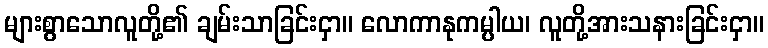
များစွာသောလူတို့၏ ချမ်းသာခြင်းငှာ။ လောကာနုကမ္ပါယ၊ လူတို့အားသနားခြင်းငှာ။